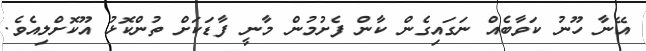
އޭނާ ހޫނު ކަވާބެއް ނަގައިގެން ކާން ފެށުމުން މާނީ ފާޑަކަށް ތުންކޮޅު އޫކޮށްލިއެވެ.